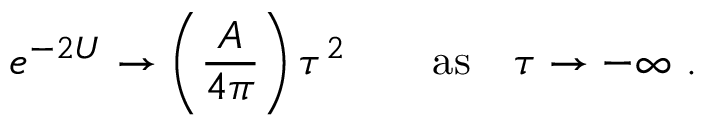
e ^ { - 2 U } \rightarrow \left( { \frac { A } { 4 \pi } } \right) \tau ^ { 2 } \qquad \mathrm { a s } \quad \tau \rightarrow - \infty \ .